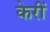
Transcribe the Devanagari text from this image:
केरीं